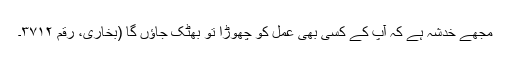
مجھے خدشہ ہے کہ آپ کے کسی بھی عمل کو چھوڑا تو بھٹک جاؤں گا (بخاری، رقم ۳۷۱۲۔